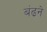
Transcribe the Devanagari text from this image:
बंढने